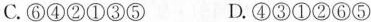
C.⑥④②①③⑤ D.④③①②⑥⑤